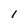
Character: 1